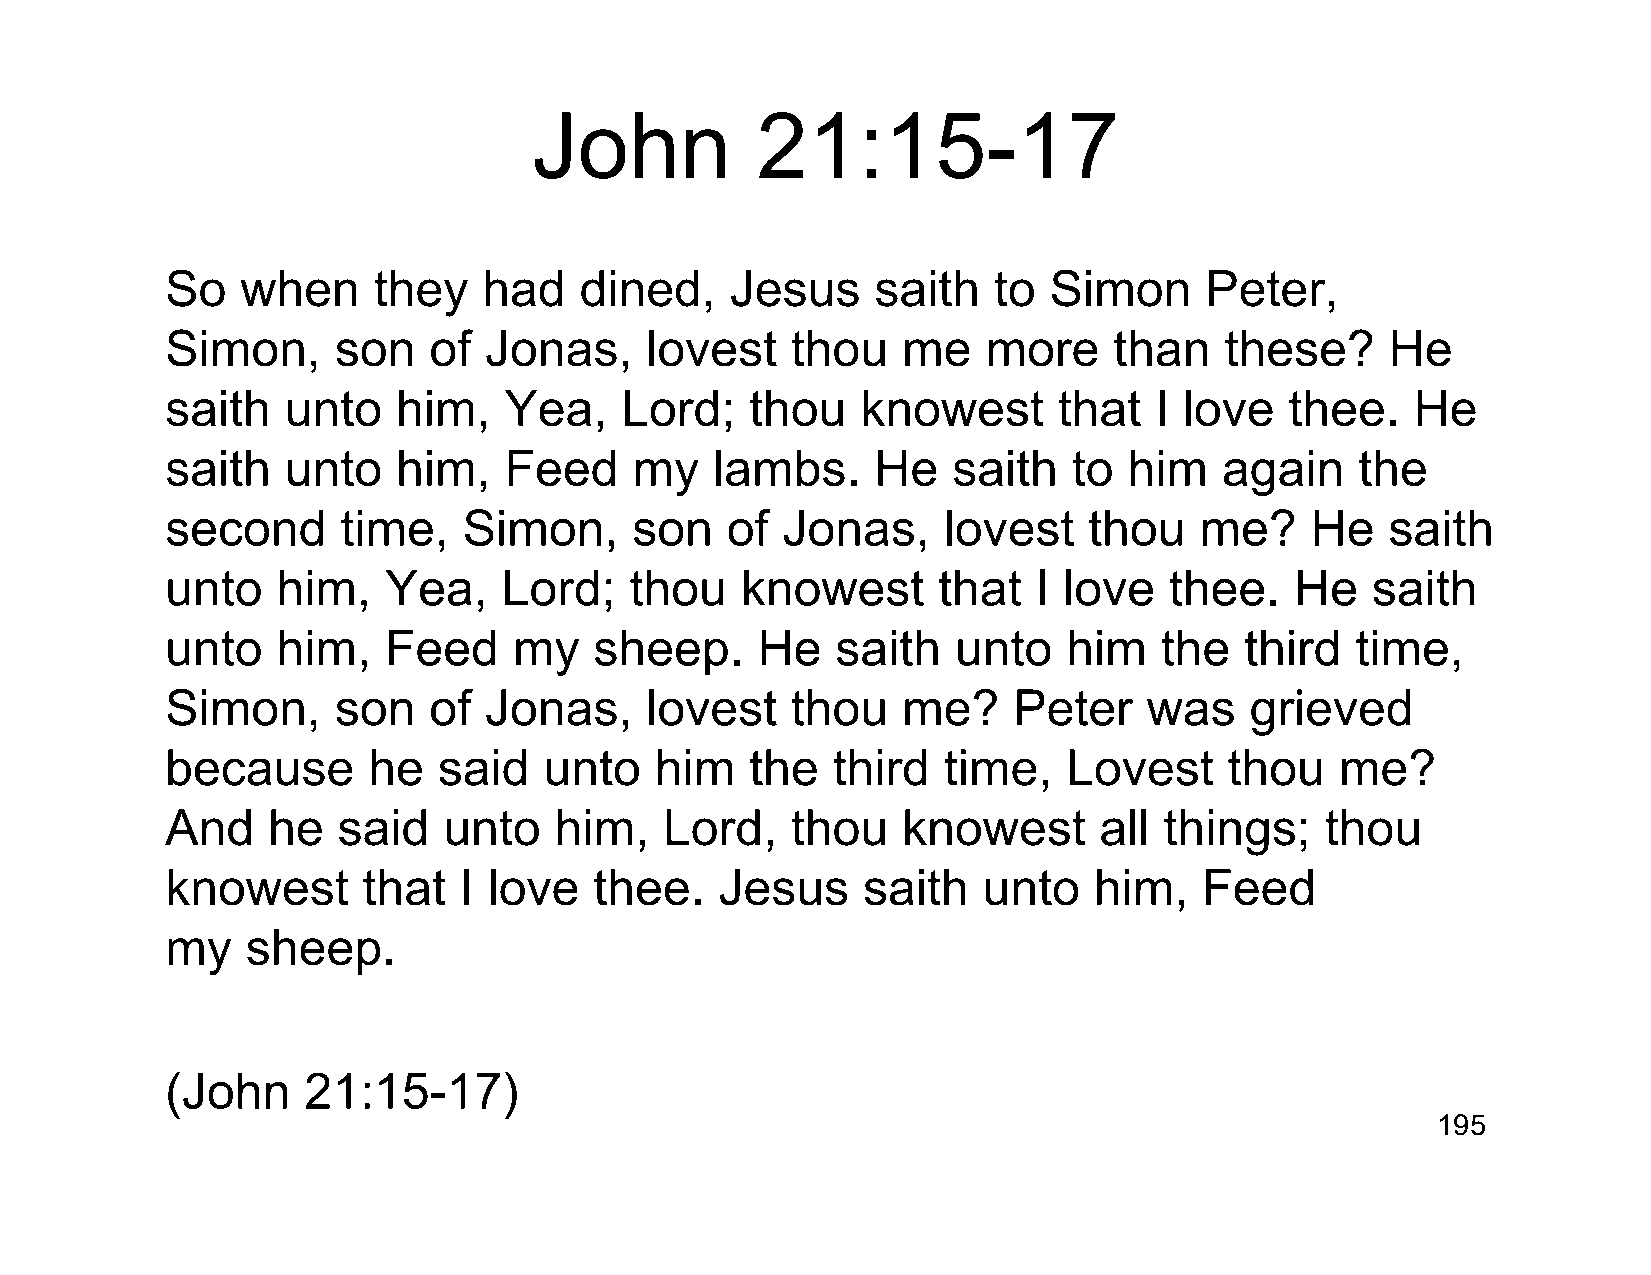
John           21:15-17
 So   when     they   had   dined,    Jesus     saith   to Simon      Peter,
 Simon,     son   of  Jonas,     lovest   thou    me   more     than   these?     He
 saith   unto   him,   Yea,    Lord;    thou   knowest      that  I love   thee.    He
 saith   unto   him,   Feed     my   lambs.     He   saith   to  him   again    the
 second      time,   Simon,     son   of  Jonas,    lovest    thou   me?     He   saith
 unto   him,   Yea,    Lord;    thou   knowest      that   I love  thee.    He   saith
 unto   him,   Feed     my   sheep.     He   saith   unto    him   the  third   time,
 Simon,     son   of  Jonas,     lovest   thou    me?    Peter    was    grieved
 because      he   said   unto   him    the  third  time,    Lovest    thou    me?
 And    he  said   unto    him,   Lord,   thou    knowest      all things;    thou
 knowest      that  I love   thee.    Jesus    saith   unto   him,    Feed
 my   sheep.
 (John    21:15-17)
 195